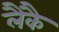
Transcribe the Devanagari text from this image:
लैकै